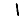
Digit: 1